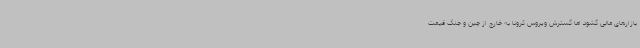
بازارهای مالی گشود اما گسترش ویروس کرونا به خارج از چین و جنگ قیمت